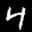
Label: 4